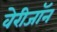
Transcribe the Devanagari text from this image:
वेरीजॉन